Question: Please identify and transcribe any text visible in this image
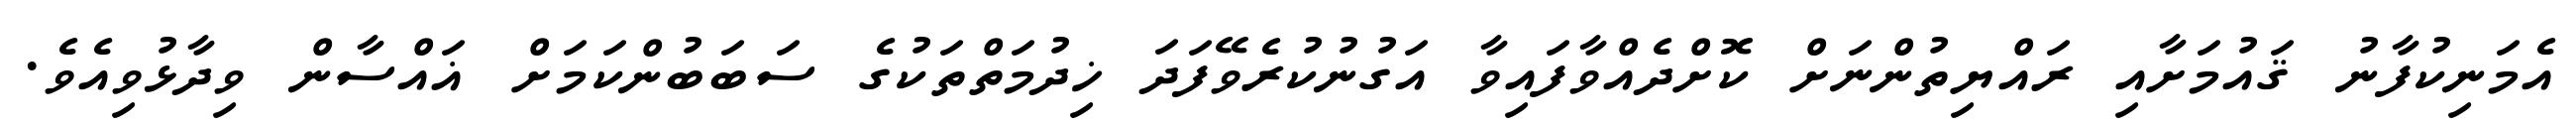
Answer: އެމަނިކުފާނު ޤައުމަށާއި ރައްޔިތުންނަށް ކޮށްދެއްވާފައިވާ އަގުނުކުރެވޭފަދަ ޚިދުމަތްތަކުގެ ސަބަބުންކަމަށް ޣައްސާން ވިދާޅުވިއެވެ.